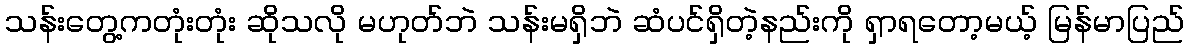
သန်းတွေ့ကတုံးတုံး ဆိုသလို မဟုတ်ဘဲ သန်းမရှိဘဲ ဆံပင်ရှိတဲ့နည်းကို ရှာရတော့မယ့် မြန်မာပြည်